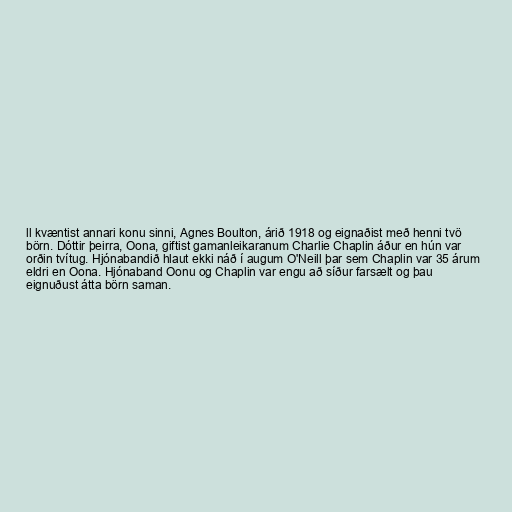
ll kvæntist annari konu sinni, Agnes Boulton, árið 1918 og eignaðist með henni tvö
börn. Dóttir þeirra, Oona, giftist gamanleikaranum Charlie Chaplin áður en hún var
orðin tvítug. Hjónabandið hlaut ekki náð í augum O'Neill þar sem Chaplin var 35 árum
eldri en Oona. Hjónaband Oonu og Chaplin var engu að síður farsælt og þau
eignuðust átta börn saman.